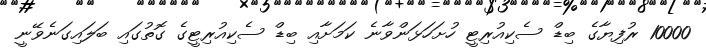
10000 ރުފިޔާގެ ބިޑް ސެކިއުރިޓީ ހުށަހަޅަންވާނެ ކަމަށާއި ބިޑް ސެކިއުރިޓީގެ ގޮތުގައި ބަލައިގަނެވޭނީ